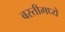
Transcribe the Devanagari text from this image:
बस्तीमध्ये